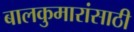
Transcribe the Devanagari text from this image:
बालकुमारांसाठी